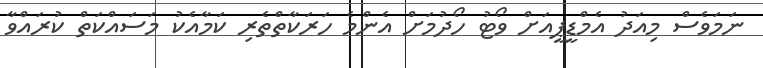
ނަމަވެސް މިއަދު އެމްޑީޕީއަށް ވޯޓު ހޯދުމަށް އެންމެ ހަރަކާތްތެރި ކަމާއެކު މަސައްކަތް ކުރައްވާ